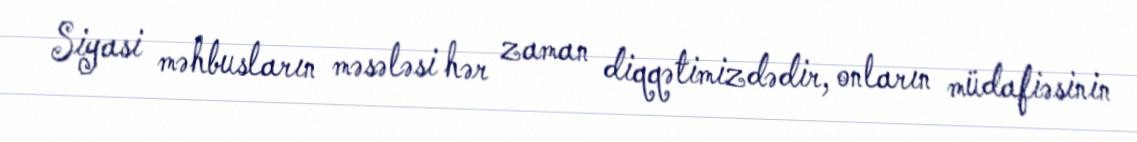
Siyasi məhbusların məsələsi hər zaman diqqətimizdədir, onların müdafiəsinin